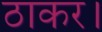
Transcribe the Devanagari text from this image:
ठाकर।